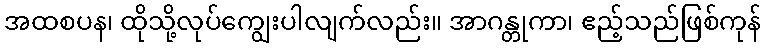
အထစပန၊ ထိုသို့လုပ်ကျွေးပါလျက်လည်း။ အာဂန္တုကာ၊ ဧည့်သည်ဖြစ်ကုန်